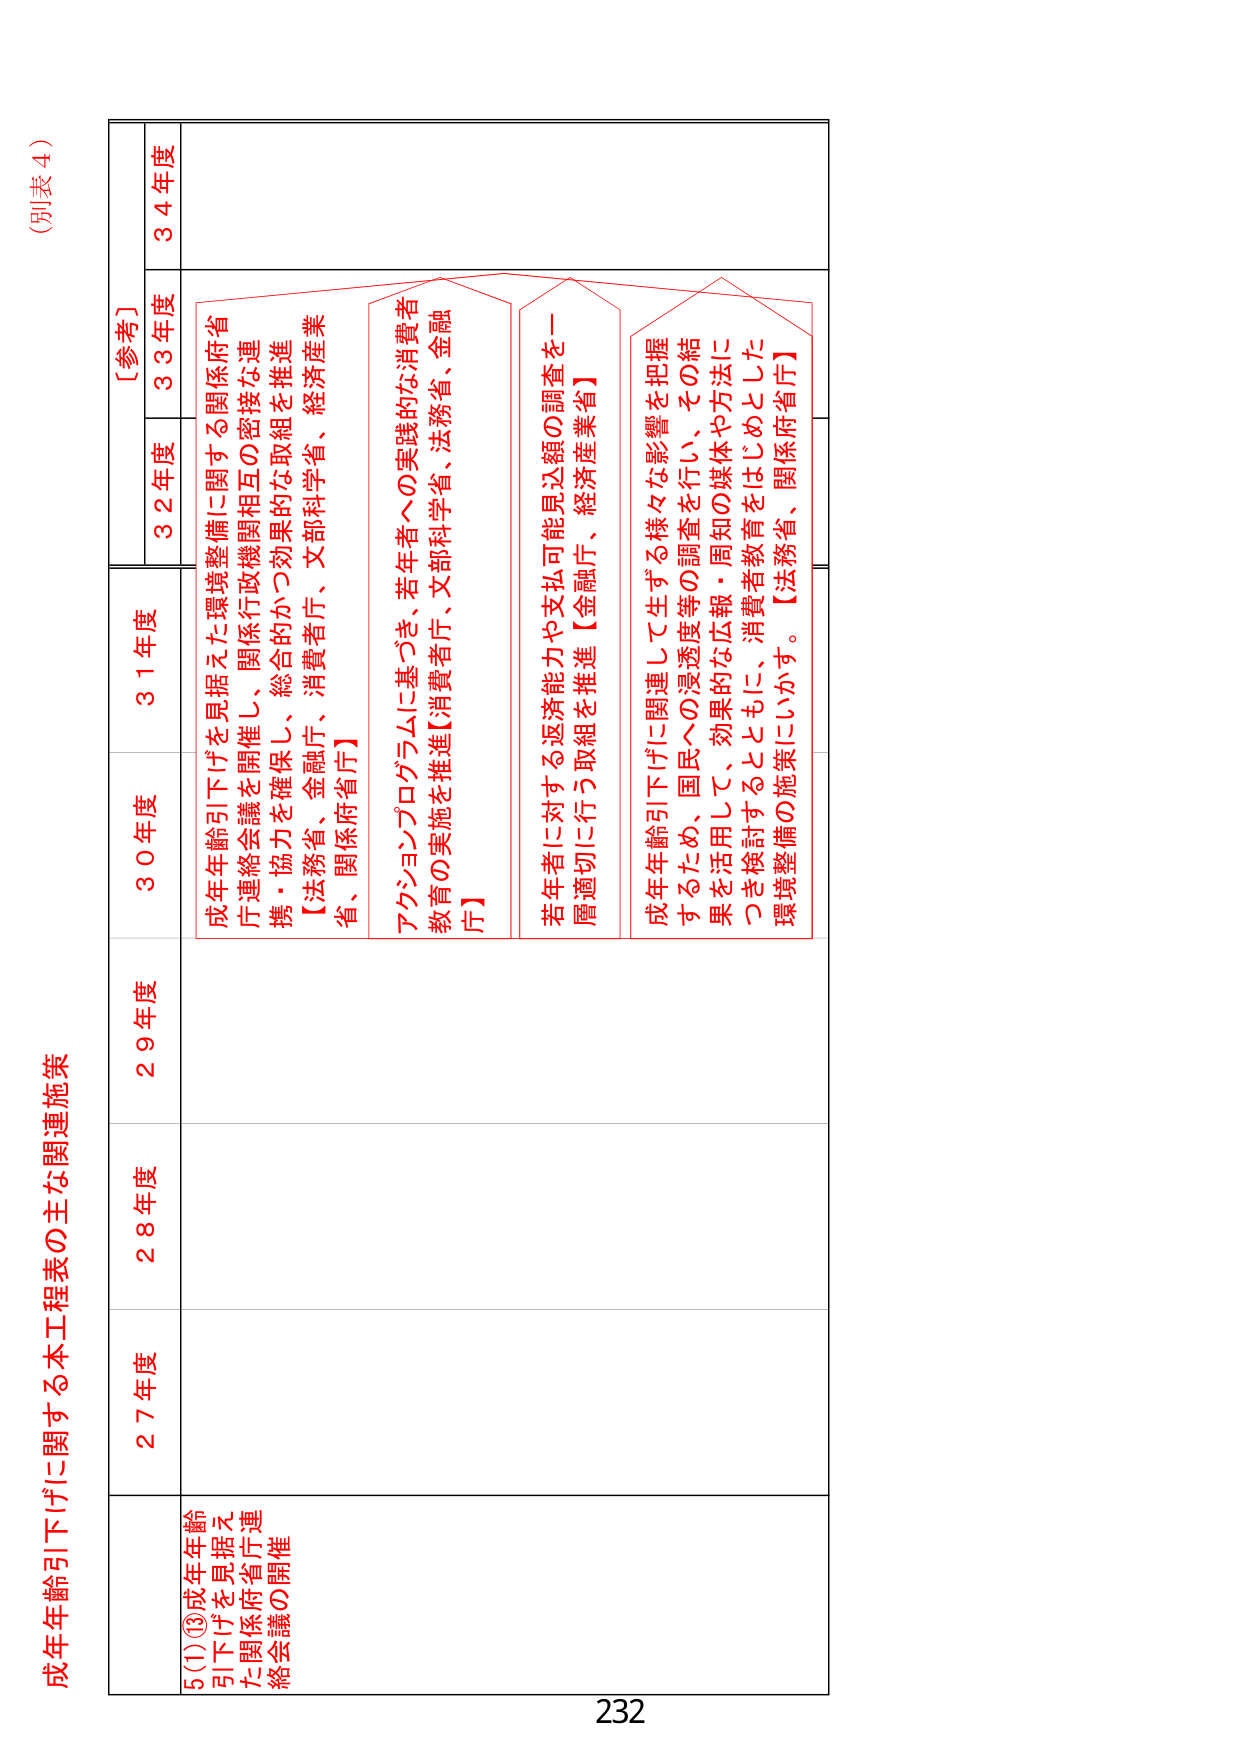
(別表４)

成年年齢引下げに関する本工程表の主な関連施策

5(1)⑬成年年齢
引下げを見据えた関係府省庁連
絡会議の開催

27年度

28年度

29年度

30年度

31年度

32年度

33年度

34年度

【参考】

成年年齢引下げを見据えた環境整備に関する関係府省
庁連絡会議を開催し、関係行政機関相互の密接な連
携・協力を確保し、総合的かつ効果的な取組を推進
【法務省、金融庁、消費者庁、文部科学省、経済産業
省、関係府省庁】

アクションプログラムに基づき、若年者への実践的な消費者
教育の実施を推進【消費者庁、文部科学省、法務省、金融
庁】

若年者に対する返済能力や支払可能見込額の調査を一
層適切に行う取組を推進【金融庁、経済産業省】

成年年齢引下げに関連して生ずる様々な影響を把握
するため、国民への浸透度等の調査を行い、その結
果を活用して、効果的な広報・周知の媒体や方法に
つを検討するとともに、消費者教育をはじめとした
環境整備の施策にいかす。【法務省、関係府省庁】

232